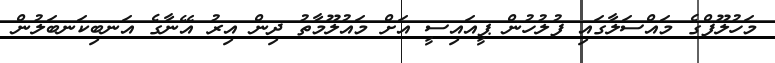
މަހުލޫފްގެ މައްސަލާގައި ފުލުުހުން ޕީއައިސީ އަށް މައުލޫމާތު ދިން އިރު އޭނާގެ އަނބިކަނބަލުން